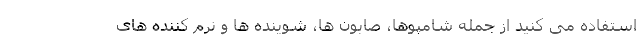
استفاده می کنید از جمله شامپوها، صابون ها، شوینده ها و نرم کننده های